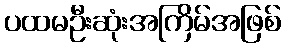
ပထမဦးဆုံးအကြိမ်အဖြစ်